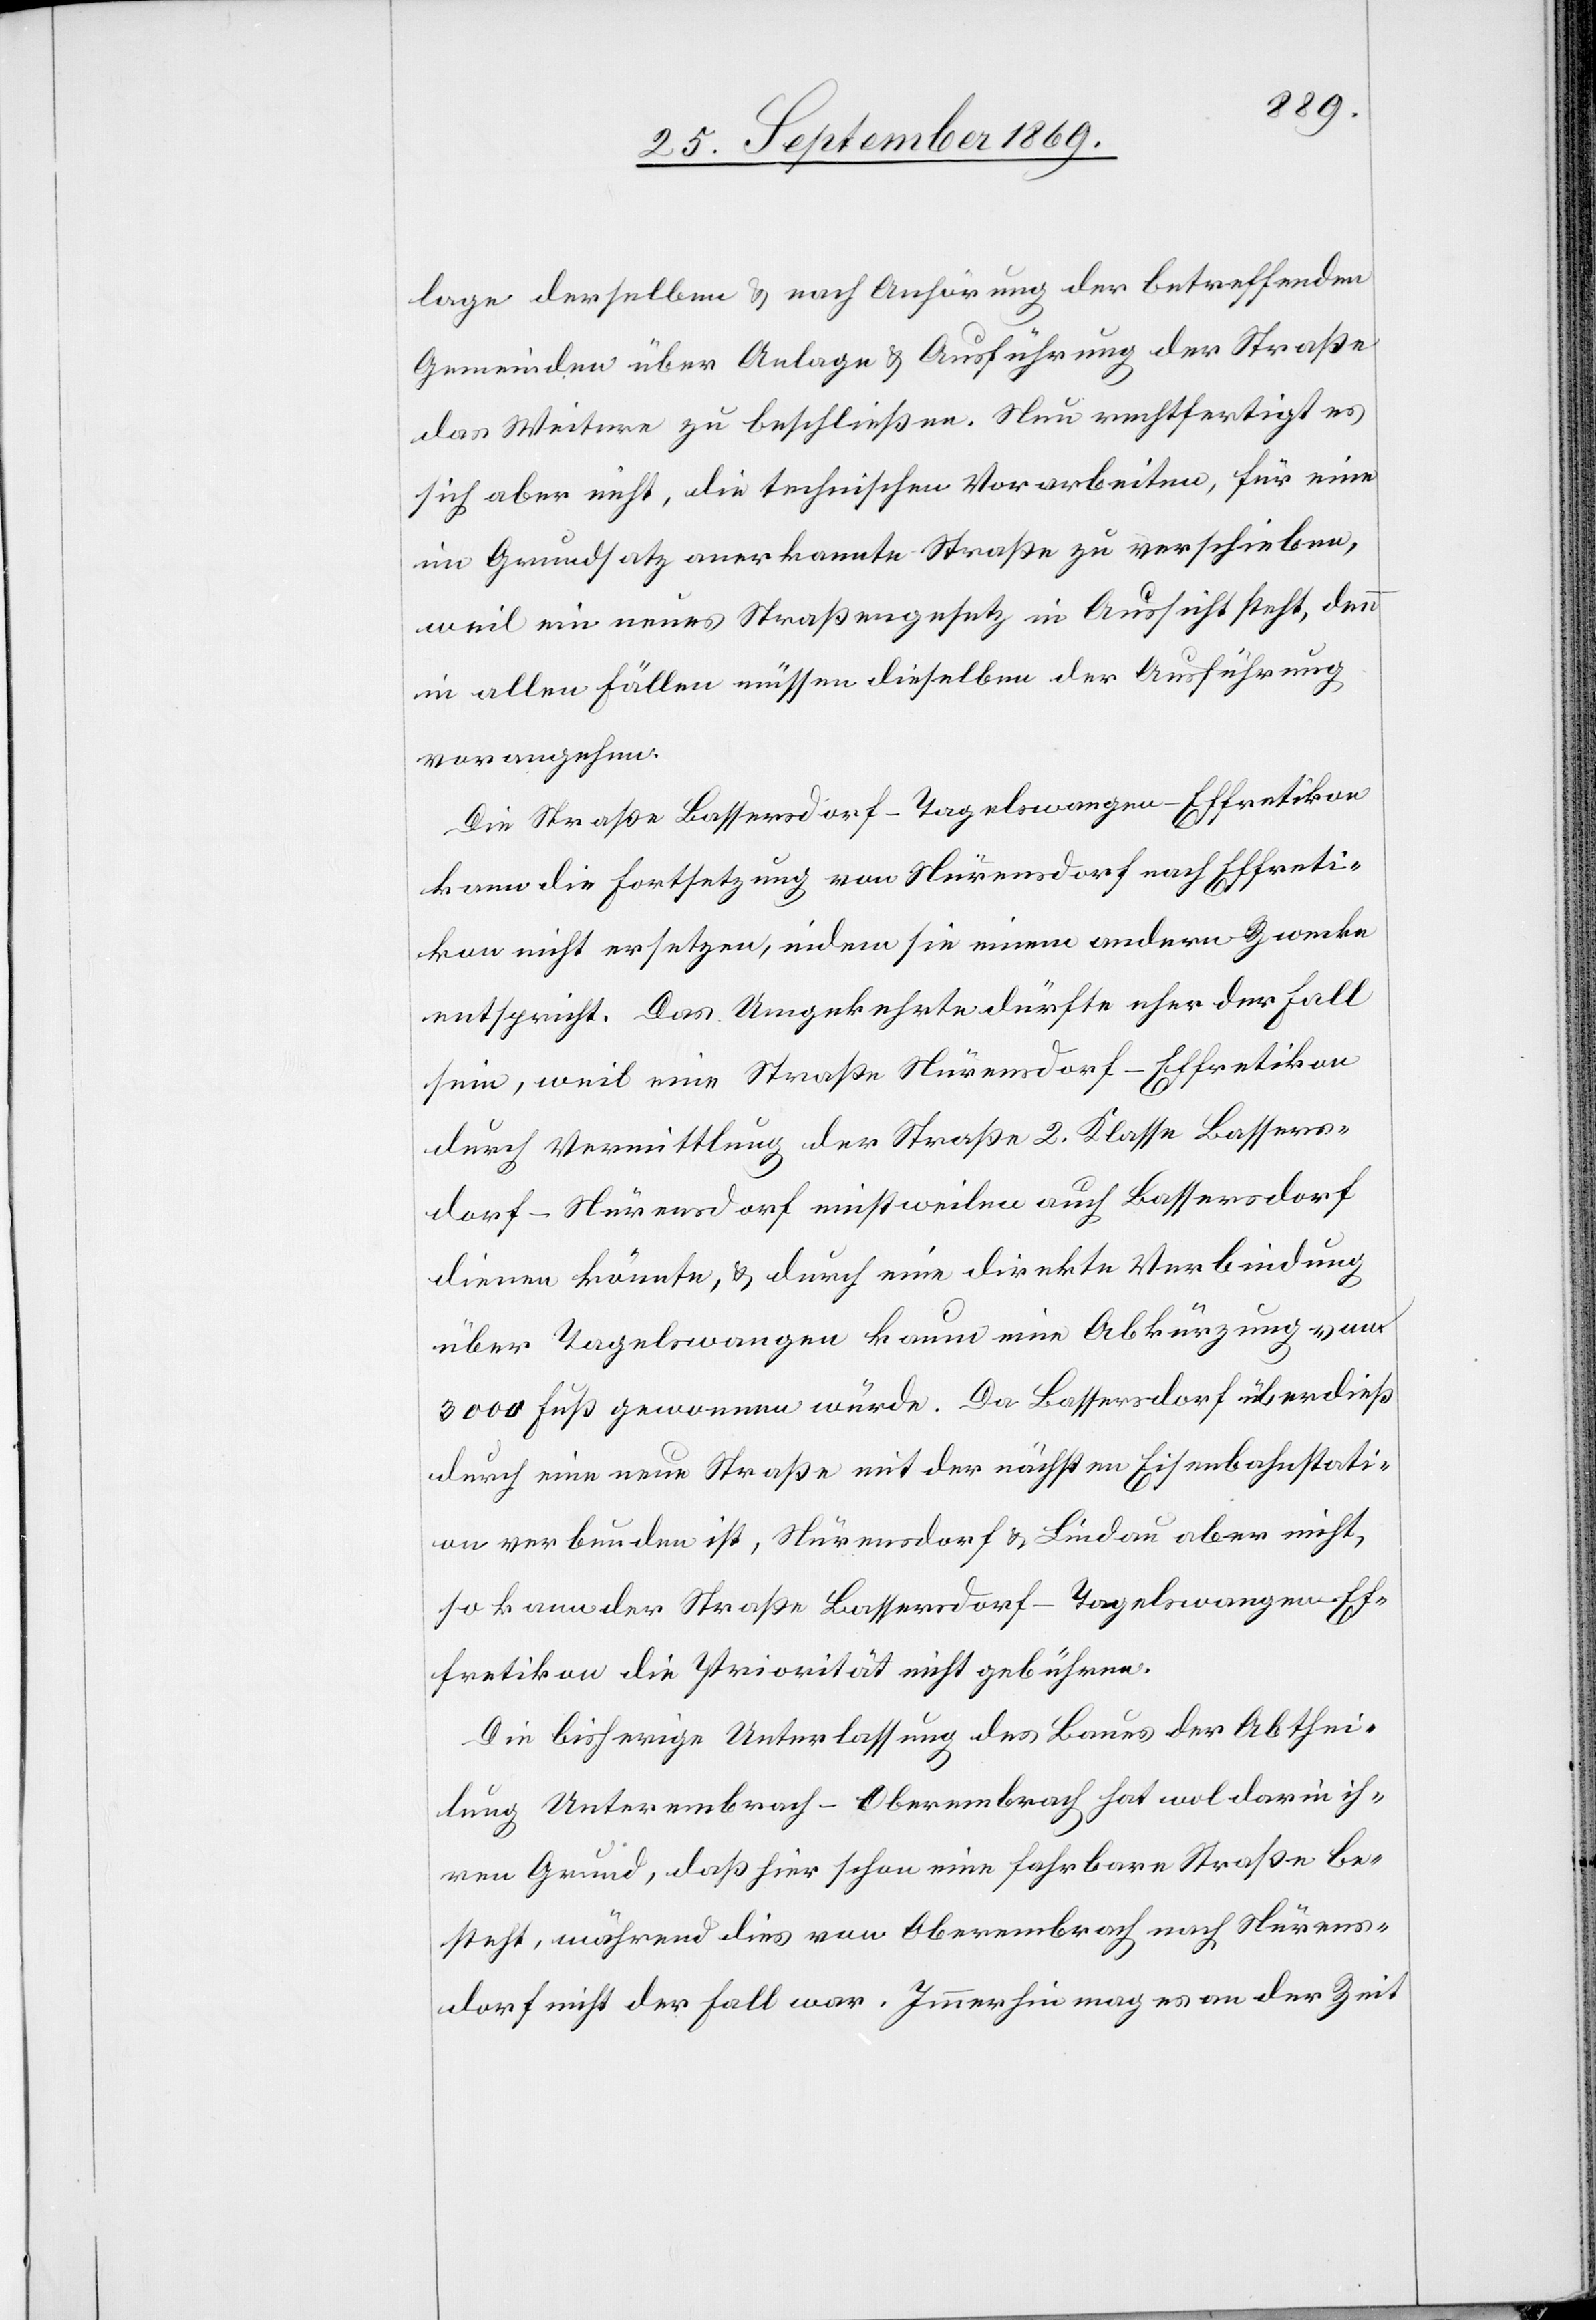
lage derselben & nach Anhörung der betreffenden
Gemeinden über Anlage & Ausführung der Straße
das Weitere zu beschließen. Nun rechtfertigt es
sich aber nicht, die technischen Vorarbeiten, für eine
im Grundsatz anerkannte Straße zu verschieben,
weil ein neues Straßengesetz in Aussicht steht, denn
in allen Fällen müssen dieselben der Ausführung
vorangehen.
Die Straße Bassersdorf–Tagelswangen–Effretikon
kann die Fortsetzung von Nürensdorf nach Effreti¬
kon nicht ersetzen, indem sie einem andern Zwecke
entspricht. Das Umgekehrte dürfte eher der Fall
sein, weil eine Straße Nürensdorf–Effretikon
durch Vermittlung der Straße 2. Klasse Bassers¬
dorf–Nürensdorf einstweilen auch Bassersdorf
dienen könnte, & durch eine direkte Verbindung
über Tagelswangen kaum eine Abkürzung von
3000 Fuß gewonnen würde. Da Bassersdorf überdieß
durch eine neue Straße mit der nächsten Eisenbahnstati¬
on verbunden ist, Nürensdorf & Lindau aber nicht,
so kann der Straße Bassersdorf–Tagelswangen–Ef¬
fretikon die Priorität nicht gebühren.
Die bisherige Unterlassung des Baues der Abthei¬
lung Unterembrach–Oberembrach hat wol darin ih¬
ren Grund, daß hier schon eine fahrbare Straße be¬
steht, während dies von Oberembrach nach Nürens¬
dorf nicht der Fall war. Immerhin mag es an der Zeit